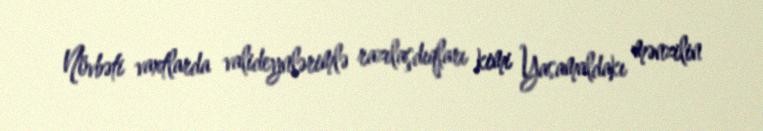
Növbəti vaxtlarda valideynlərimlə razılaşdıqları kimi Yasamaldakı mənzilin